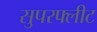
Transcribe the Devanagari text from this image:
सुपरफ्लीट